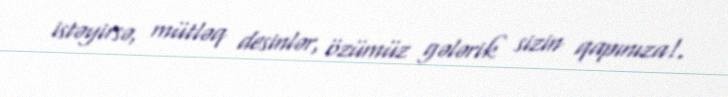
istəyirsə, mütləq desinlər, özümüz gələrik sizin qapınıza!.